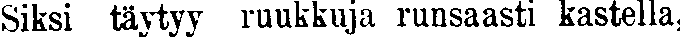
Siksi täytyy ruukkuja runsaasti kastella,